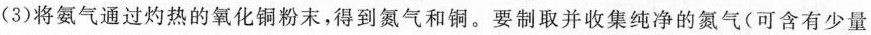
(3)将氨气通过灼热的氧化铜粉末，得到氮气和铜。要制取并收集纯净的氮气(可含有少量